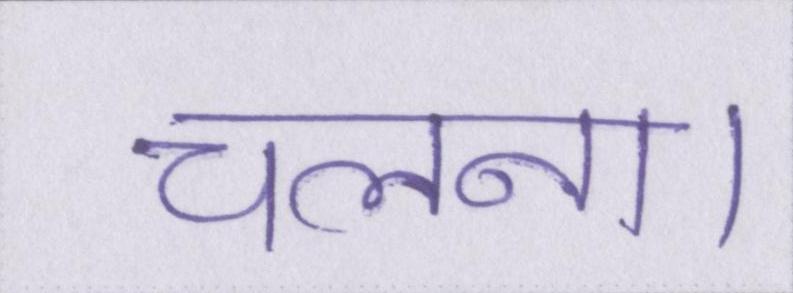
चलना।